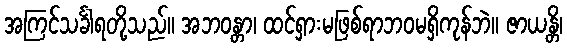
အကြင်သင်္ခါရတို့သည်။ အဘဝန္တာ၊ ထင်ရှားမဖြစ်ရာဘဝမရှိကုန်ဘဲ။ ဇာယန္တိ၊